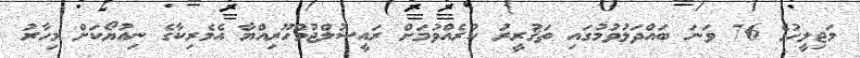
މަޖިލީހުގެ 76 ވަނަ ބައްދަލުވުމުގައި ތަޤުރީރު ކުރެއްވުމަށް ރައީސުލްޖުމްހޫރިއްޔާ އެމެރިކާގެ ނިއުޔޯކަށް މިހާރު